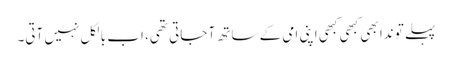
پہلے تو ندا بھی کبھی کبھی اپنی امی کے ساتھ آ جاتی تھی، اب بالکل نہیں آتی۔